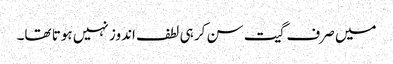
میں صرف گیت سن کر ہی لطف اندوز نہیں ہوتا تھا۔